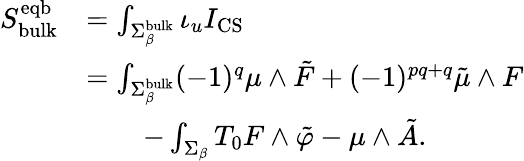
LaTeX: \begin{array}{rl}{S_{\mathrm{bulk}}^{\mathrm{eqb}}}&{=\int_{\Sigma_{\beta}^{\mathrm{bulk}}}\iota_{u}I_{\mathrm{CS}}}\\ &{=\int_{\Sigma_{\beta}^{\mathrm{bulk}}}(-1)^{q}\mu\wedge\tilde{F}+(-1)^{pq+q}\tilde{\mu}\wedge F}\\ &{\qquad-\int_{\Sigma_{\beta}}T_{0}F\wedge\tilde{\varphi}-\mu\wedge\tilde{A}.}\end{array}